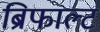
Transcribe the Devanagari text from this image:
ब्रिफाल्ट